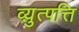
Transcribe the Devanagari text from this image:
व्य़ुत्पत्ति